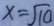
x = \sqrt { 1 0 }